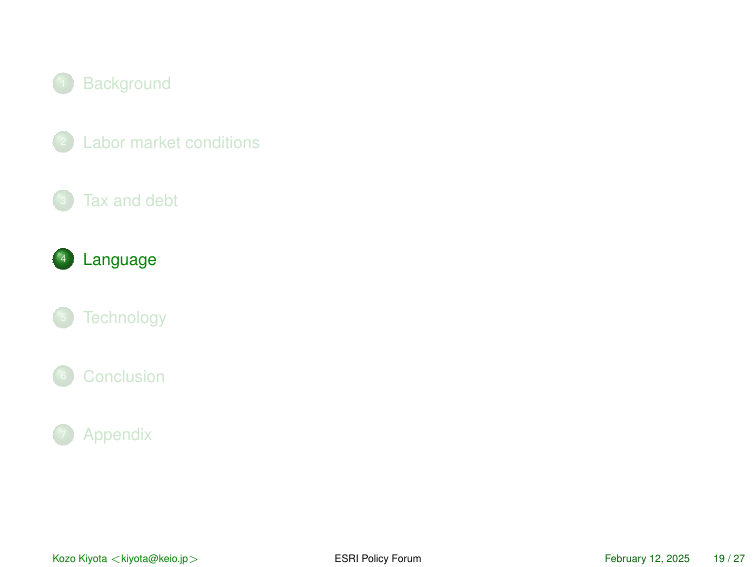
1 Background
2 Labor market conditions
3 Tax and debt
4 Language
5 Technology
6 Conclusion
7 Appendix

Kozo Kiyota <kiyota@keio.jp>
ESRI Policy Forum
February 12, 2025 19 / 27